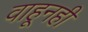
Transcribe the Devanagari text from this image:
वाहूनही